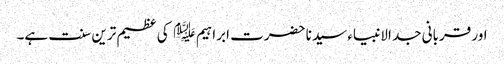
اور قربانی جد الانبیاء سیدنا حضرت ابراہیم ﷤ کی عظیم ترین سنت ہے۔